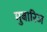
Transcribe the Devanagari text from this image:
मुबारिज